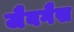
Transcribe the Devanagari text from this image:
जैवगैस